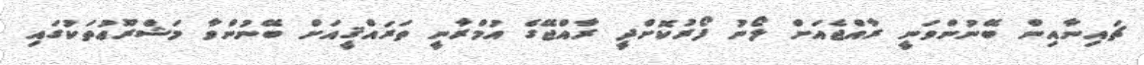
ޗައިނާއިން ބޭނުންވަނީ ރާއްޖެއަށް ލޯނު ފޯރުކޮށްދީ ރާއްޖޭގެ އުމްރާނީ ތަރައްޤީއަށް ބޭނުންވާ މަޝްރޫޢުތަކުގައި